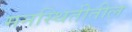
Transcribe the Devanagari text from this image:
मनस्थितीतील